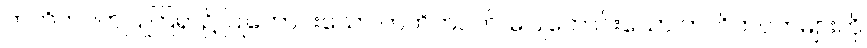
ကတိကဝတ်ပြုကြရာ၌ ပြုကောင်းသော ကတိကဝတ်၊ မပြုကောင်းသော ကတိကဝတ်များကို